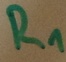
Text: R1